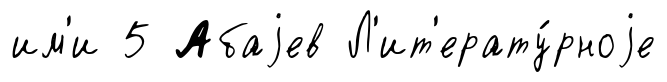
им'и 5 Абаjев Л'ит'ерату́рноjе